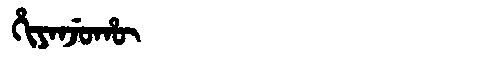
Manchu: ᡥᡳᠶᠠᠨᠵᡠᡥᡡ
Romanization: HIYANJUHŪ